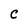
Character: C